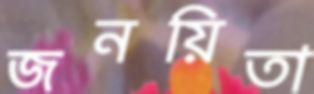
জনয়িতা